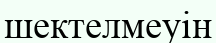
шектелмеуін